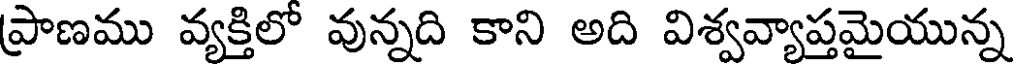
ప్రాణము వ్యక్తిలో వున్నది కాని అది విశ్వవ్యాప్తమైయున్న